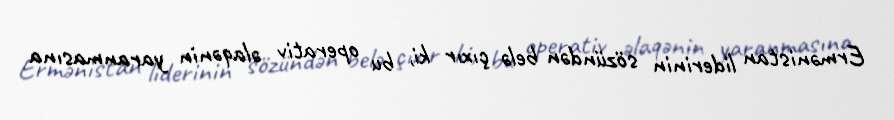
Ermənistan liderinin sözündən belə çıxır ki, bu operativ əlaqənin yaranmasına